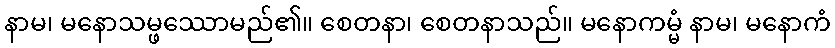
နာမ၊ မနောသမ္ဖဿောမည်၏။ စေတနာ၊ စေတနာသည်။ မနောကမ္မံ နာမ၊ မနောကံ